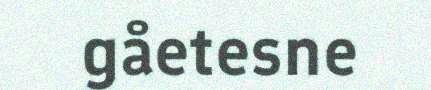
gåetesne